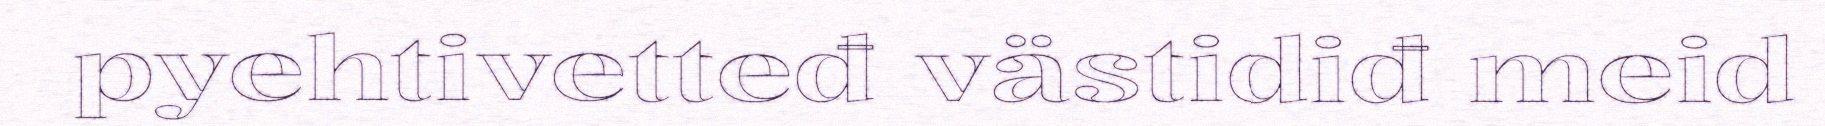
pyehtivetteđ västidiđ meid